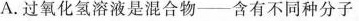
A.过氧化氢溶液是混合物——含有不同种分子